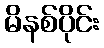
မိနစ်ပိုင်း